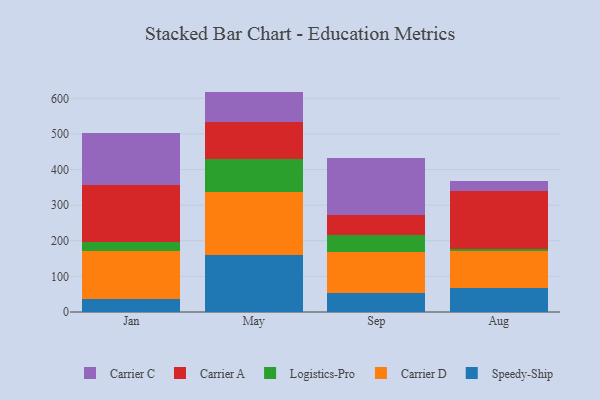
{"axis": {"x": "Month", "y": "Headcount"}, "legend": ["Carrier A", "Carrier C", "Carrier D", "Logistics-Pro", "Speedy-Ship"], "data": [{"x": "Jan", "y": 35.7, "type": "Speedy-Ship"}, {"x": "Jan", "y": 134.6, "type": "Carrier D"}, {"x": "Jan", "y": 26.8, "type": "Logistics-Pro"}, {"x": "Jan", "y": 159.0, "type": "Carrier A"}, {"x": "Jan", "y": 146.7, "type": "Carrier C"}, {"x": "May", "y": 161.3, "type": "Speedy-Ship"}, {"x": "May", "y": 175.6, "type": "Carrier D"}, {"x": "May", "y": 94.2, "type": "Logistics-Pro"}, {"x": "May", "y": 103.6, "type": "Carrier A"}, {"x": "May", "y": 84.3, "type": "Carrier C"}, {"x": "Sep", "y": 54.1, "type": "Speedy-Ship"}, {"x": "Sep", "y": 114.3, "type": "Carrier D"}, {"x": "Sep", "y": 49.2, "type": "Logistics-Pro"}, {"x": "Sep", "y": 55.4, "type": "Carrier A"}, {"x": "Sep", "y": 158.6, "type": "Carrier C"}, {"x": "Aug", "y": 68.8, "type": "Speedy-Ship"}, {"x": "Aug", "y": 102.2, "type": "Carrier D"}, {"x": "Aug", "y": 5.6, "type": "Logistics-Pro"}, {"x": "Aug", "y": 164.3, "type": "Carrier A"}, {"x": "Aug", "y": 27.5, "type": "Carrier C"}]}